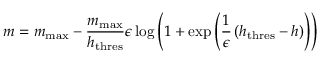
m = m _ { \mathrm { m a x } } - \frac { m _ { \mathrm { m a x } } } { h _ { \mathrm { t h r e s } } } \epsilon \log \left( 1 + \exp \left( \frac { 1 } { \epsilon } \left( h _ { \mathrm { t h r e s } } - h \right) \right) \right)